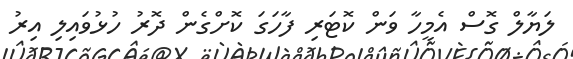
ލަޔާލް ގޮސް އެމީހާ ވަން ކޮޓަރި ފާހަގަ ކޮށްގެން ދޮރު ހުޅުވައިލި އިރު